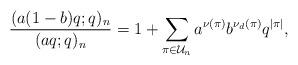
LaTeX: \begin{align*}\frac{(a(1-b)q;q)_n}{(aq;q)_n} = 1+ \sum_{\pi\in \mathcal{U}_{ n}} a^{\nu(\pi)} b^{\nu_d(\pi)} q^{|\pi|},\end{align*}